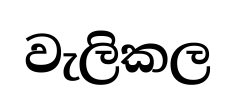
වැලිකල